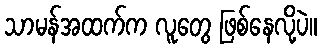
သာမန်အထက်က လူတွေ ဖြစ်နေလို့ပဲ။